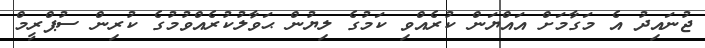
ޖުނައިދު އެ މަގާމަށް އައްޔަން ކުރެއްވި ކަމުގެ ލިޔުން ޙަވާލުކުރެއްވުމުގެ ކުރިން ސުޕްރީމް